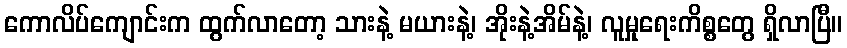
ကောလိပ်ကျောင်းက ထွက်လာတော့ သားနဲ့ မယားနဲ့၊ အိုးနဲ့အိမ်နဲ့၊ လူမှုရေးကိစ္စတွေ ရှိလာပြီ။